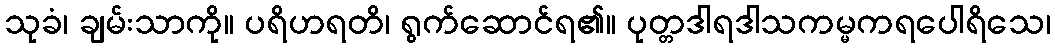
သုခံ၊ ချမ်းသာကို။ ပရိဟရတိ၊ ရွက်ဆောင်ရ၏။ ပုတ္တဒါရဒါသကမ္မကရပေါရိသေ၊